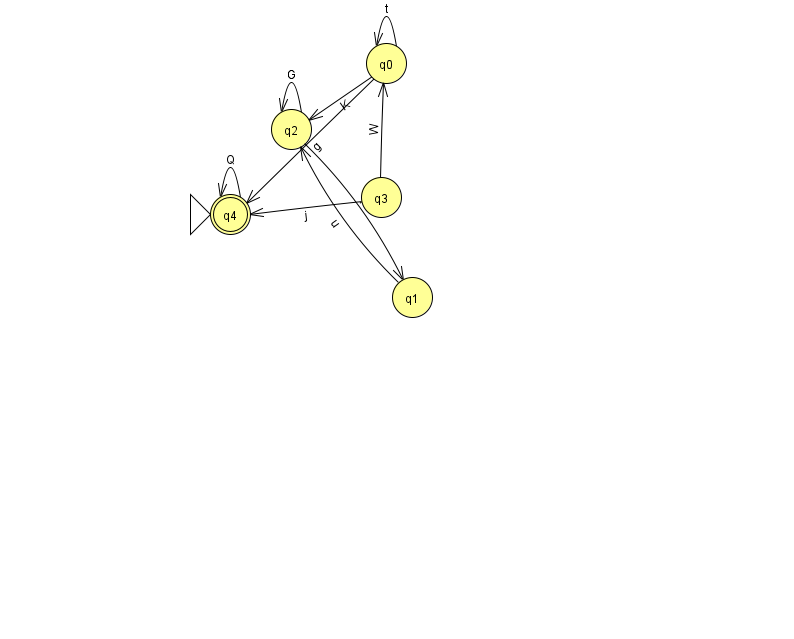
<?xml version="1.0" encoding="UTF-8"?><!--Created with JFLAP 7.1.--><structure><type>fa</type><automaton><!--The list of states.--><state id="0" name="q0"><x>386.0</x><y>50.0</y></state><state id="1" name="q1"><x>412.0</x><y>284.0</y></state><state id="2" name="q2"><x>291.0</x><y>116.0</y></state><state id="3" name="q3"><x>381.0</x><y>184.0</y></state><state id="4" name="q4"><x>230.0</x><y>201.0</y><initial/><final/></state><!--The list of transitions.--><transition><from>4</from><to>4</to><read>Q</read></transition><transition><from>0</from><to>0</to><read>t</read></transition><transition><from>3</from><to>0</to><read>W</read></transition><transition><from>3</from><to>4</to><read>j</read></transition><transition><from>0</from><to>2</to><read>K</read></transition><transition><from>2</from><to>2</to><read>G</read></transition><transition><from>1</from><to>2</to><read>u</read></transition><transition><from>0</from><to>4</to><read>g</read></transition><transition><from>2</from><to>1</to><read>F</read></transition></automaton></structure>